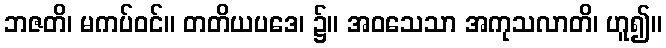
ဘဇတိ၊ မကပ်ဝင်။ တတိယပဒေ၊ ၌။ အဝသေသာ အကုသလာတိ၊ ဟူ၍။